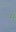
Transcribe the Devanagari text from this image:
म॔